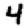
Digit: 4